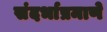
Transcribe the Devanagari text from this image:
संदर्भाप्रमाणे